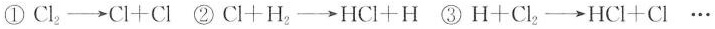
①$$C I _{ 2 } \rightarrow C I + C I$$ ②$$C I + H _{ 2 } \rightarrow H C I + H$$ ③H + C I _{ 2 } \rightarrow H C I + C I \cdots$$ …